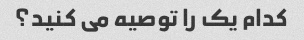
کدام یک را توصیه می کنید؟